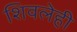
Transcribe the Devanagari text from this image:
शिवलेही